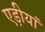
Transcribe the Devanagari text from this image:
एड़ीयां